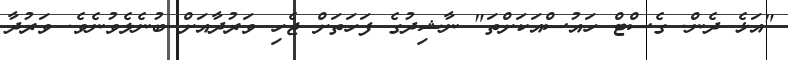
"އަޅެ ދެން. ގެސްޓް ހައުސްއަކަށްތަ" ނާޝިދުގެ ފަހަތަށް ޖެހި ވަރުދާއަށް ބުނެލެވުނެވެ. ވަރުދާ